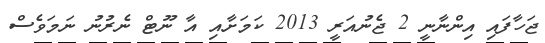
ޖަހާފައި އިންނާނީ 2 ޖެނުއަރީ 2013 ކަމަށާއި އާ ނޫޓް ނެރުނު ނަމަވެސް